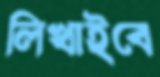
লিখাইবে